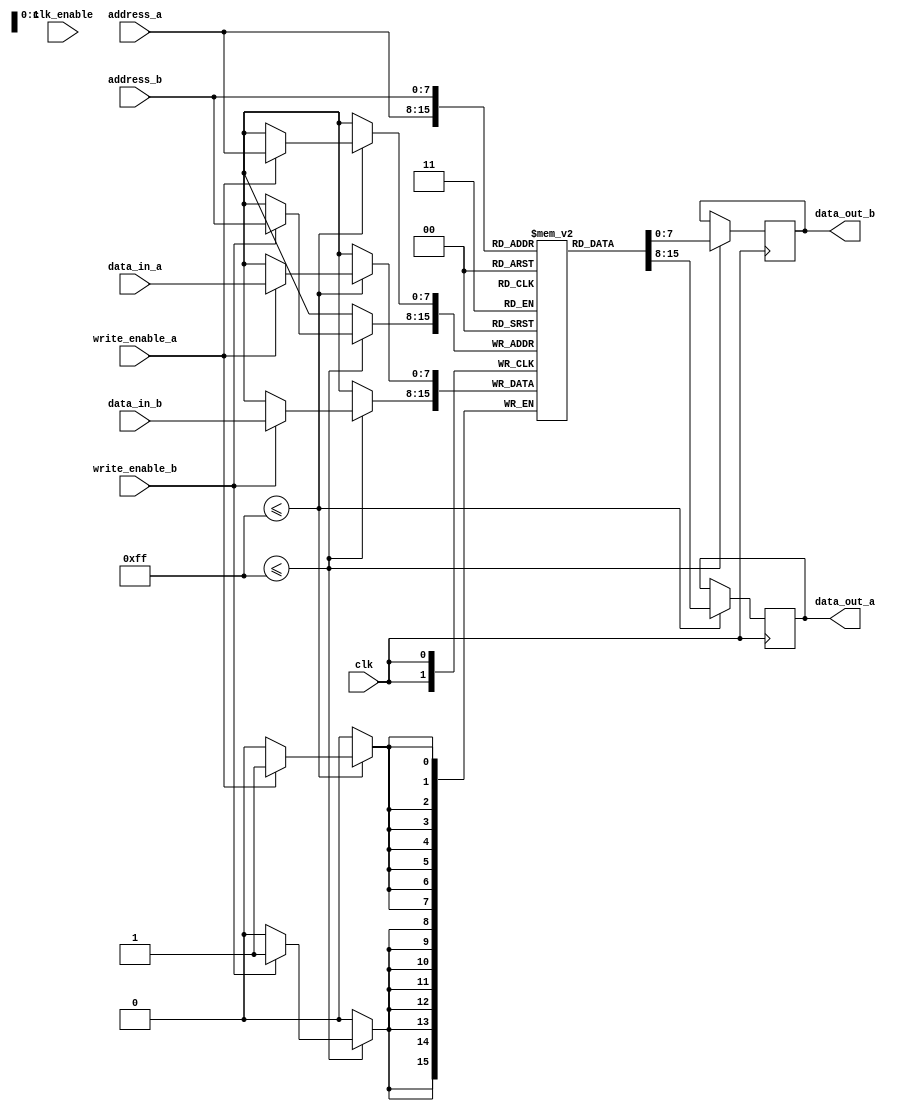
module dual_port_ram (
    input wire clk,
    input wire clk_enable,
    input wire [7:0] address_a,
    input wire [7:0] address_b,
    input wire write_enable_a,
    input wire write_enable_b,
    input wire [7:0] data_in_a,
    input wire [7:0] data_in_b,
    output reg [7:0] data_out_a,
    output reg [7:0] data_out_b
);

reg [7:0] mem [255:0];

always @ (posedge clk) begin
    if (addr_a <= 255) begin
        if (write_enable_a) begin
            mem[address_a] <= data_in_a;
        end
        data_out_a <= mem[address_a];
    end
    
    if (addr_b <= 255) begin
        if (write_enable_b) begin
            mem[address_b] <= data_in_b;
        end
        data_out_b <= mem[address_b];
    end
end

always @ (posedge clk) begin
    if (clk_enable) begin
        // Some clock gating logic here
    end
end

endmodule